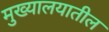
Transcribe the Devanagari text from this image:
मुख्यालयातील